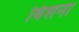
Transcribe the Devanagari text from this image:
बिशना